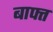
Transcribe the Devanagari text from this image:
बाफ्त